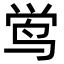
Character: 鸴